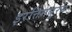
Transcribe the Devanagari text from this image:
इरत्तिमधुरम